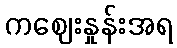
ကဈေးနှုန်းအရ